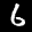
Label: 6